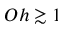
O h \gtrsim 1